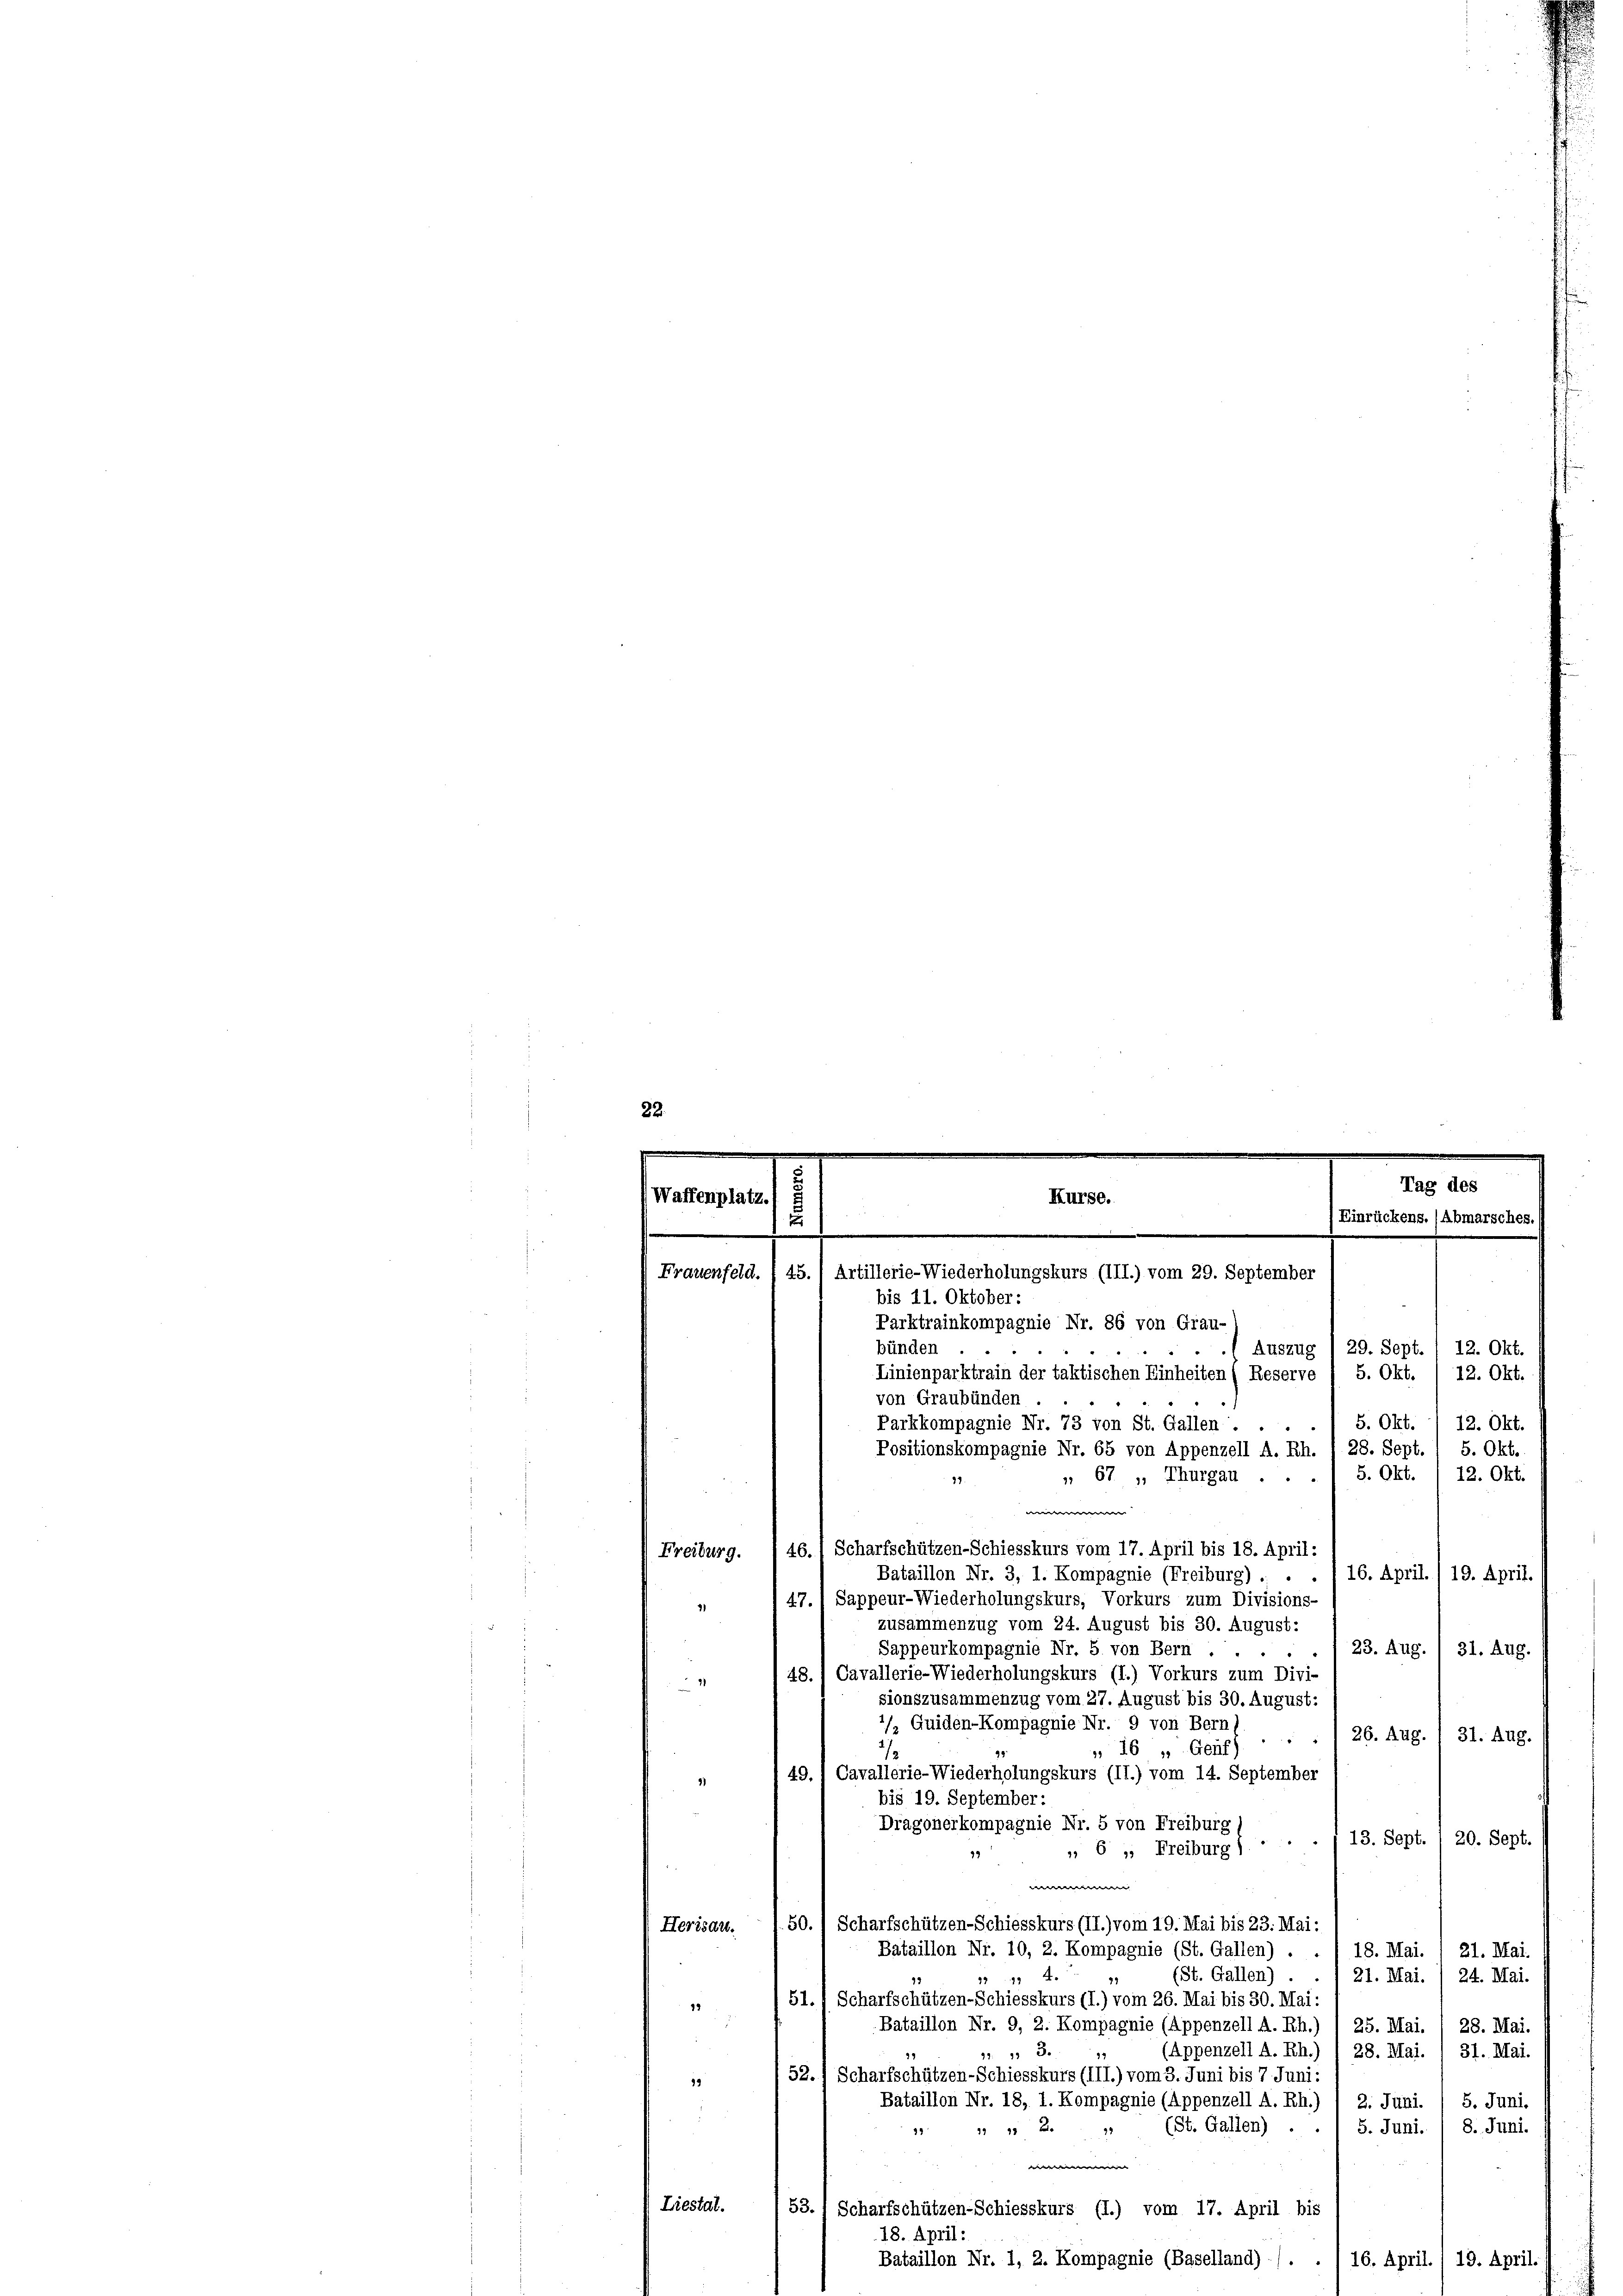
s

.
...............................
.
Tag des
Waffenplatz.
Kurse.
Einrückens. (Abmarsches.
5
Frauenfeld.  45.) Artillerie-Wiederholungskurs (III.) vom 29. September

bis 11. Oktober:
Parktrainkompagnie Nr. 86 von Grau-
bünden .
29. Sept.
Auszug
12. Okt.
5. Okt.
12. Okt.
Linienparktrain der taktischen Einheiten (Reserve
von Graubünden
5. Okt. / 12. Okt.
Parkkompagnie Nr. 73 von St. Gallen ...
Positionskompagnie Nr. 65 von Appenzell A. Rh. § 28. Sept.
5. Okt.
5. Okt. 1 12. Okt.
 67 „, Thurgau ..
e
46.1 Scharfschützen-Schiesskurs vom 17. April bis 18. April:
Freiburg.
Bataillon Nr. 3, I. Kompagnie (Freiburg) . .
16. April./19. April.
47., Sappeur-Wiederholungskurs, Vorkurs zum Divisions-
91
zusammenzug vom 24. August bis 30. August:
Sappeurkompagnie Nr. 5 von Bern .
23. Aug. / 31. Aug.
48.) Cavallerie-Wiederholungskurs (I.) Vorkurs zum Divi-
2
sionszusammenzug vom 27. August bis 30. August:
’/, Quiden-Kompagnie Nr. 9 von Bern,
„ 16 " Genf) . . . 1 26. Aug. / 31. Aug.
1
49. 1 Cavallerie-Wiederholungskurs (II.) vom 14. September
bis 19. September:
Dragonerkompagnie Nr. 5 von Freiburg
13. Sept. 1 20. Sept.
d
 6 " Freiburg)
e
Herisau. 150.) Scharfschützen-Schiesskurs (II.) vom 19. Mai bis 23. Mai:
Bataillon Nr. 10, 2. Kompagnie (St. Gallen) .
18. Mai.
21. Mai.
(St. Gallen) .
 4.
21. Mai. / 24. Mai
Scharfschützen-Schiesskurs (I.) vom 26. Mai bis 30. Mai:
51.
19
Bataillon Nr. 9, 2. Kompagnie (Appenzell A. Rh.) 1 25. Mai. / 28. Mai.
31. Mai
33.
(Appenzell A. Rh.)
28. Mai.
29
52.1 Scharfschützen-Schiesskurs (III.) vom 3. Juni bis 7 Juni:
19
5. Juni.
Bataillon Nr. 18, 1. Kompagnie (Appenzell A. Rh.) 1 2. Juni.
8. Juni.
5. Juni.
* 2. (St. Gallen)
99
.
Liestal.
53. 1 Scharfschützen-Schiesskurs (I.) vom 17. April bis
18. April:
Bi
lon Nr. 1, 2. Kompagnie (Baselland)
16. April./19. April.

11.